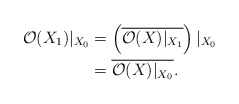
\begin{align*}\mathcal{O}(X_1)|_{X_0} &=\left(\overline{\mathcal{O}(X)|_{X_1}}\right)|_{X_0}\\&=\overline{\mathcal{O}(X)|_{X_0}}.\end{align*}